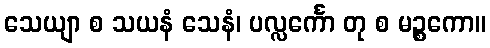
သေယျာ စ သယနံ သေနံ၊ ပလ္လင်္ကော တု စ မဉ္စကော။